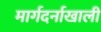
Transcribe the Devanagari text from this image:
मार्गदर्नाखाली